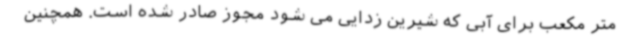
متر مکعب برای آبی که شیرین زدایی می شود مجوز صادر شده است. همچنین